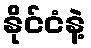
နိုင်ငံနဲ့